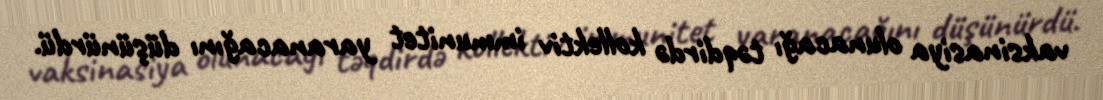
vaksinasiya olunacağı təqdirdə kollektiv immunitet yaranacağını düşünürdü.